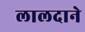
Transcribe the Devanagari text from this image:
लालदाने